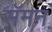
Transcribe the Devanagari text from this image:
सॅमन